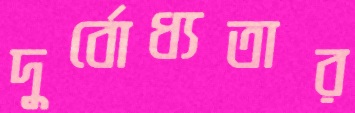
দুর্বোধ্যতার